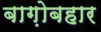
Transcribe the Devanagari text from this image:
बाग़ोबहार